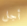
أجل